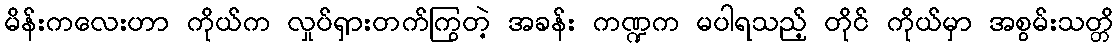
မိန်းကလေးဟာ ကိုယ်က လှုပ်ရှားတက်ကြွတဲ့ အခန်း ကဏ္ဍက မပါရသည့် တိုင် ကိုယ်မှာ အစွမ်းသတ္တိ